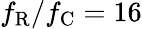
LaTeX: f_{\mathrm{R}}/f_{\mathrm{C}}=16